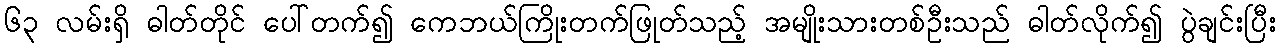
၆၃ လမ်းရှိ ဓါတ်တိုင် ပေါ်တက်၍ ကေဘယ်ကြိုးတက်ဖြုတ်သည့် အမျိုးသားတစ်ဦးသည် ဓါတ်လိုက်၍ ပွဲချင်းပြီး